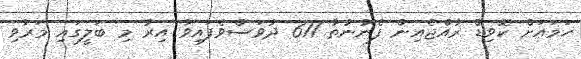
ހަމައަށް ކޮވިޑް ރާއްޖެއިން ފެނުނުތާ 611 ދުވަސްވެފައިވާ އިރު މި ބަލީގައި މަރުވި